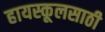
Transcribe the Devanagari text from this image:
हायस्कूलसाठी